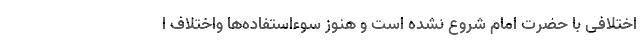
اختلافی با حضرت امام شروع نشده است و هنوز سوءاستفاده‌ها واختلاف ا